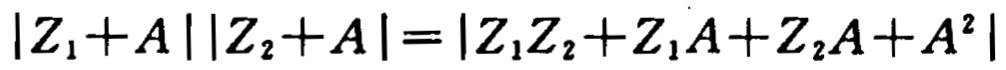
\(\vert Z_{1}+A\vert\vert Z_{2}+A\vert=\vert Z_{1}Z_{2}+Z_{1}A + Z_{2}A+A^{2}\vert\)